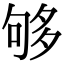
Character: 够